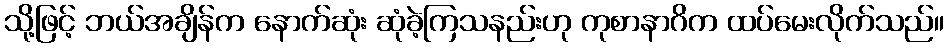
သို့ဖြင့် ဘယ်အချိန်က နောက်ဆုံး ဆုံခဲ့ကြသနည်းဟု ကုစာနာဂိက ထပ်မေးလိုက်သည်။